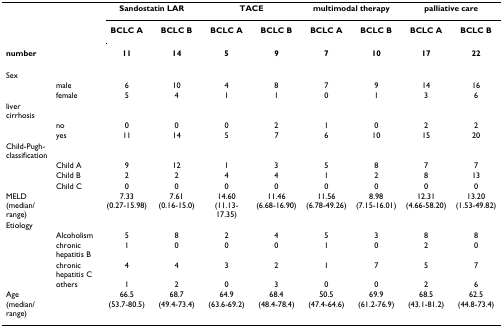
|  |  | <COLSPAN=2> Sandostatin LAR | <COLSPAN=2> TACE | <COLSPAN=2> multimodal therapy | <COLSPAN=2> palliative care |
 |  |  | BCLC A | BCLC B | BCLC A | BCLC B | BCLC A | BCLC B | BCLC A | BCLC B |
 | number |  | 11 | 14 | 5 | 9 | 7 | 10 | 17 | 22 |
 | --- | --- | --- | --- | --- | --- | --- | --- | --- | --- |
 | Sex |  |  |  |  |  |  |  |  |  |
 |  | male | 6 | 10 | 4 | 8 | 7 | 9 | 14 | 16 |
 |  | female | 5 | 4 | 1 | 1 | 0 | 1 | 3 | 6 |
 | liver cirrhosis |  |  |  |  |  |  |  |  |  |
 |  | no | 0 | 0 | 0 | 2 | 1 | 0 | 2 | 2 |
 |  | yes | 11 | 14 | 5 | 7 | 6 | 10 | 15 | 20 |
 | Child-Pugh-classification |  |  |  |  |  |  |  |  |  |
 |  | Child A | 9 | 12 | 1 | 3 | 5 | 8 | 7 | 7 |
 |  | Child B | 2 | 2 | 4 | 4 | 1 | 2 | 8 | 13 |
 |  | Child C | 0 | 0 | 0 | 0 | 0 | 0 | 0 | 0 |
 | MELD (median/range) |  | 7.33 (0.27-15.98) | 7.61 (0.16-15.0) | 14.60 (11.13-17.35) | 11.46 (6.68-16.90) | 11.56 (6.78-49.26) | 8.98 (7.15-16.01) | 12.31 (4.66-58.20) | 13.20 (1.53-49.82) |
 | Etiology |  |  |  |  |  |  |  |  |  |
 |  | Alcoholism | 5 | 8 | 2 | 4 | 5 | 3 | 8 | 8 |
 |  | chronic hepatitis B | 1 | 0 | 0 | 0 | 1 | 0 | 2 | 0 |
 |  | chronic hepatitis C | 4 | 4 | 3 | 2 | 1 | 7 | 5 | 7 |
 |  | others | 1 | 2 | 0 | 3 | 0 | 0 | 2 | 6 |
 | Age (median/range) |  | 66.5 (53.7-80.5) | 68.7 (49.4-73.4) | 64.9 (63.6-69.2) | 68.4 (48.4-78.4) | 50.5 (47.4-64.6) | 69.9 (61.2-76.9) | 68.5 (43.1-81.2) | 62.5 (44.8-73.4) |